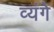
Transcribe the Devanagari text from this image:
व्यंगे